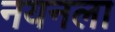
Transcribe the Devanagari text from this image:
नयनला